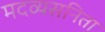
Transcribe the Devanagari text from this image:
मदव्यसनिता